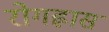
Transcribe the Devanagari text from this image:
रोगह्रास